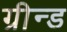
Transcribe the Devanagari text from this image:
ग्रीन्ड